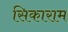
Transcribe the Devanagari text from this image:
सिकाराम